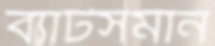
ব্যাটসমান